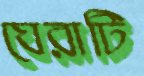
ঘেরাটি